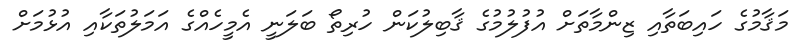
މަޤާމުގެ ހައިބަތާއި ޒިންމާތަށް އުފުލުމުގެ ޤާބިލުކަން ހުރިތޯ ބަލަނީ އެމީހެއްގެ އަމަލުތަކާއި އުޅުމަށް